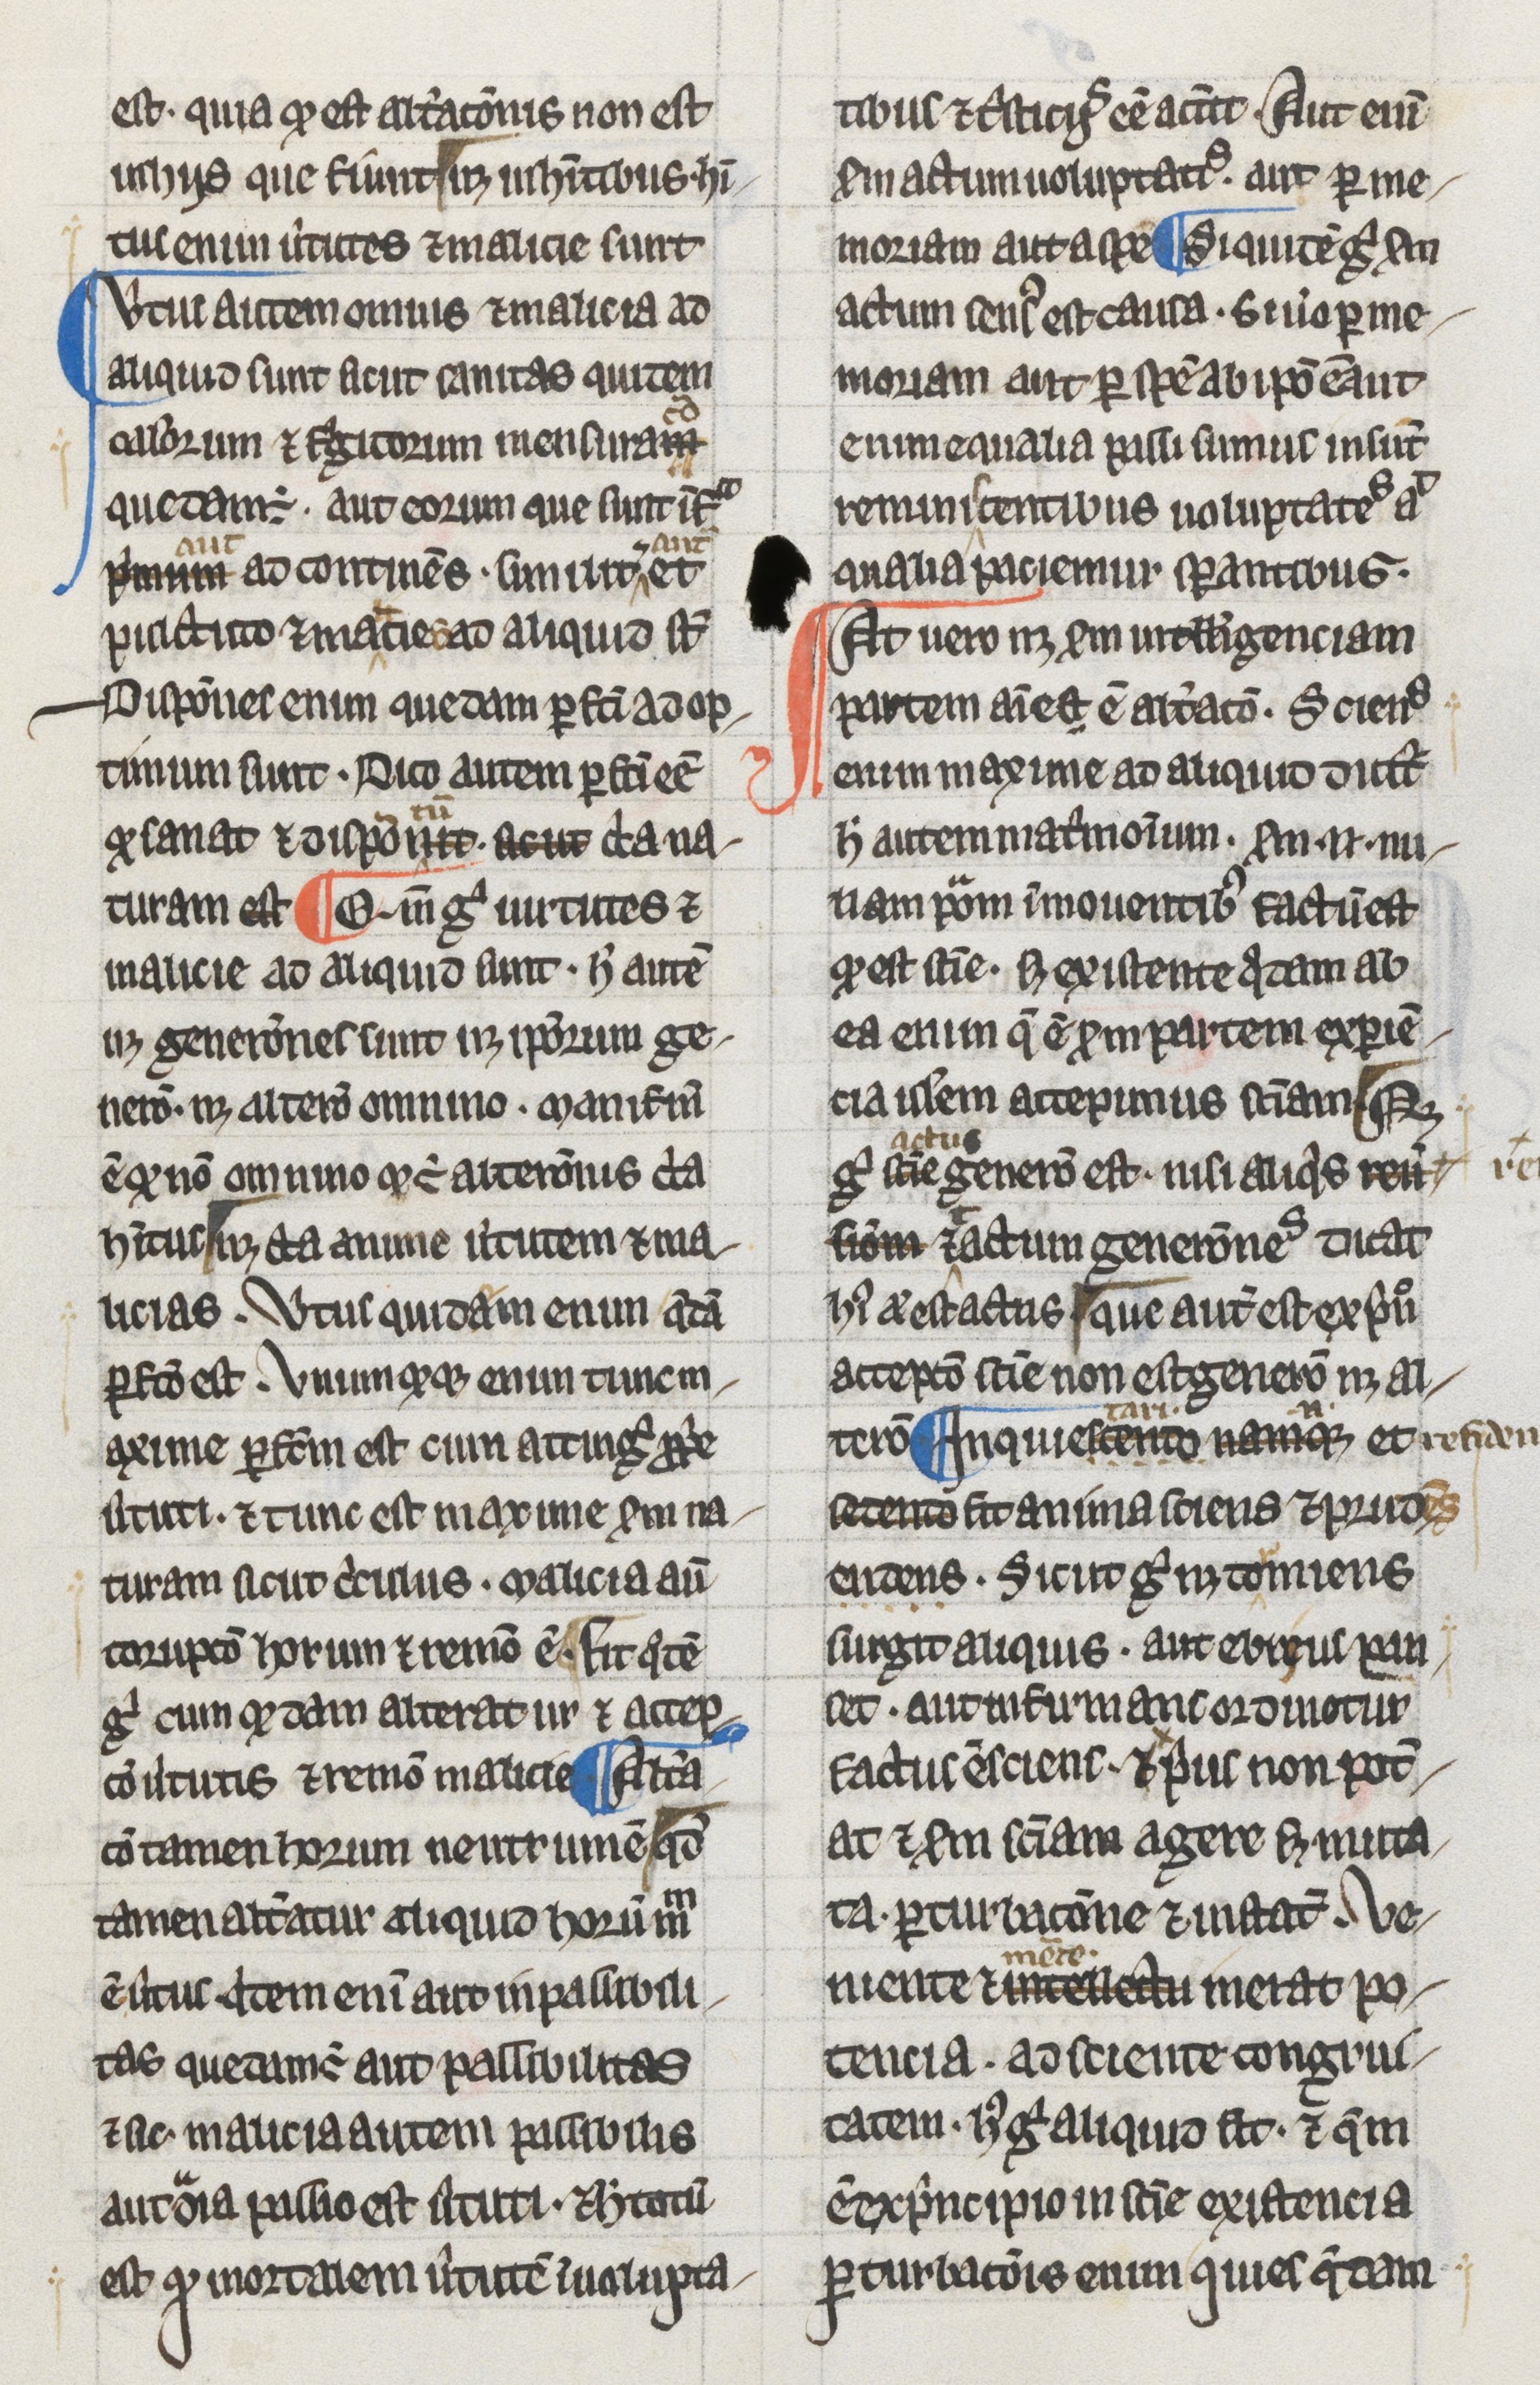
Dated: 1275–1299